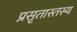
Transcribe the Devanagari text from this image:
प्रसृतास्तस्य